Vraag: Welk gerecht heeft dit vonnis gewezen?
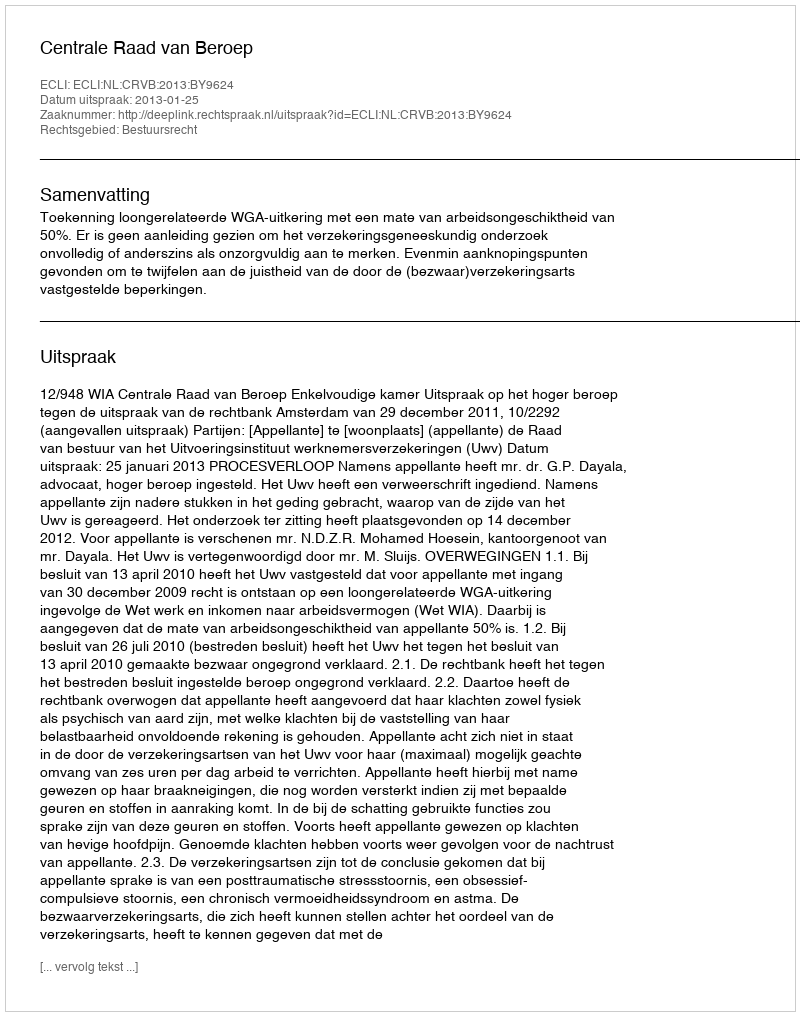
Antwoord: Centrale Raad van Beroep